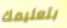
بتعليمك